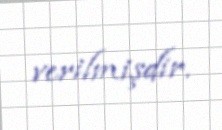
verilmişdir.